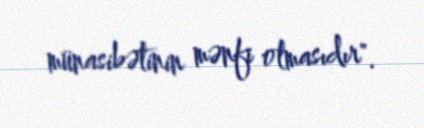
münasibətinin mənfi olmasıdır".